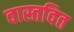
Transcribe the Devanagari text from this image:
वास्तवित